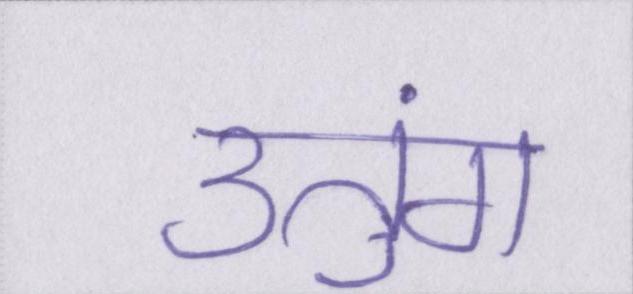
उतुंग